Civil Veterinary Department ledger series I-VI
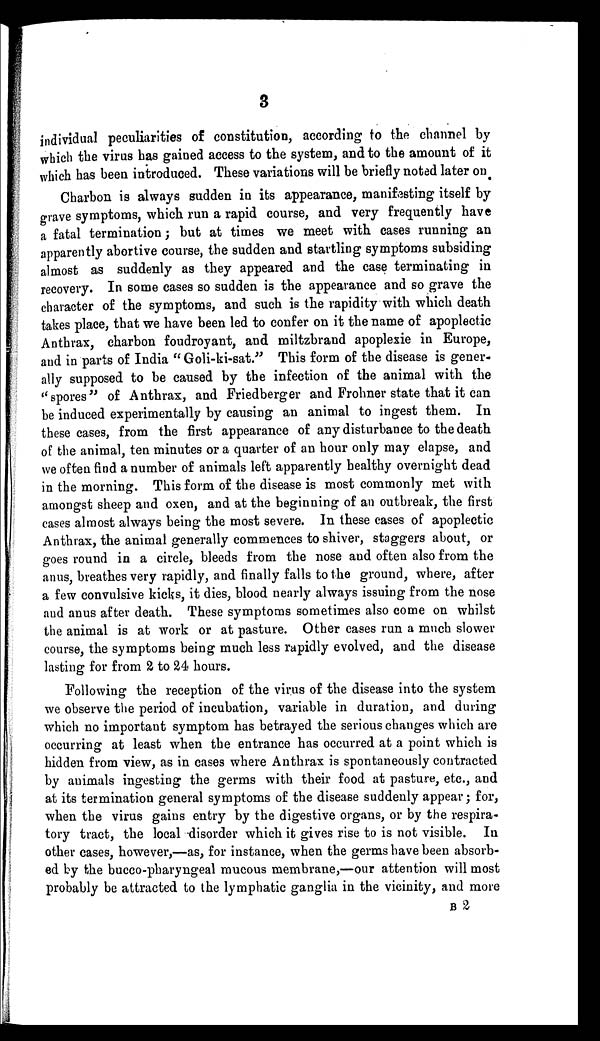
3
individual peculiarities of constitution, according to the channel by
which the virus has gained access to the system, and to the amount of it
which has been introduced. These variations will be briefly noted later on
Charbon is always sudden in its appearance, manifesting itself by
grave symptoms, which run a rapid course, and very frequently have
a fatal termination; but at times we meet with cases running an
apparently abortive course, the sudden and startling symptoms subsiding
almost as suddenly as they appeared and the case terminating in
recovery. In some cases so sudden is the appearance and so grave the
character of the symptoms, and such is the rapidity with which death
takes place, that we have been led to confer on it the name of apoplectic
Anthrax, charbon foudroyant, and miltzbrand apoplexie in Europe,
and in parts of India "Goli-ki-sat." This form of the disease is gener-
ally supposed to be caused by the infection of the animal with the
"spores" of Anthrax, and Friedberger and Frohner state that it can
be induced experimentally by causing an animal to ingest them. In
these cases, from the first appearance of any disturbance to the death
of the animal, ten minutes or a quarter of an hour only may elapse, and
we often find a number of animals left apparently healthy overnight dead
in the morning. This form of the disease is most commonly met with
amongst sheep and oxen, and at the beginning of an outbreak, the first
cases almost always being the most severe. In these cases of apoplectic
Anthrax, the animal generally commences to shiver, staggers about, or
goes round in a circle, bleeds from the nose and often also from the
anus, breathes very rapidly, and finally falls to the ground, where, after
a few convulsive kicks, it dies, blood nearly always issuing from the nose
and anus after death. These symptoms sometimes also come on whilst
the animal is at work or at pasture. Other cases run a much slower
course, the symptoms being much less rapidly evolved, and the disease
lasting for from 2 to 24 hours.
Following the reception of the virus of the disease into the system
we observe the period of incubation, variable in duration, and during
which no important symptom has betrayed the serious changes which are
occurring at least when the entrance has occurred at a point which is
hidden from view, as in cases where Anthrax is spontaneously contracted
by animals ingesting the germs with their food at pasture, etc., and
at its termination general symptoms of the disease suddenly appear; for,
when the virus gains entry by the digestive organs, or by the respira-
tory tract, the local disorder which it gives rise to is not visible. In
other cases, however,—as, for instance, when the germs have been absorb-
ed by the bucco-pharyngeal mucous membrane,—our attention will most
probably be attracted to the lymphatic ganglia in the vicinity, and more
B 2